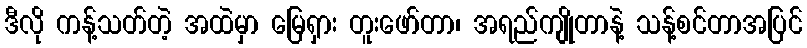
ဒီလို ကန့်သတ်တဲ့ အထဲမှာ မြေရှား တူးဖော်တာ၊ အရည်ကျိုတာနဲ့ သန့်စင်တာအပြင်